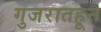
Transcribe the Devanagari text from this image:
गुजरातहून